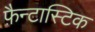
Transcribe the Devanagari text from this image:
फ़ैन्टास्टिक